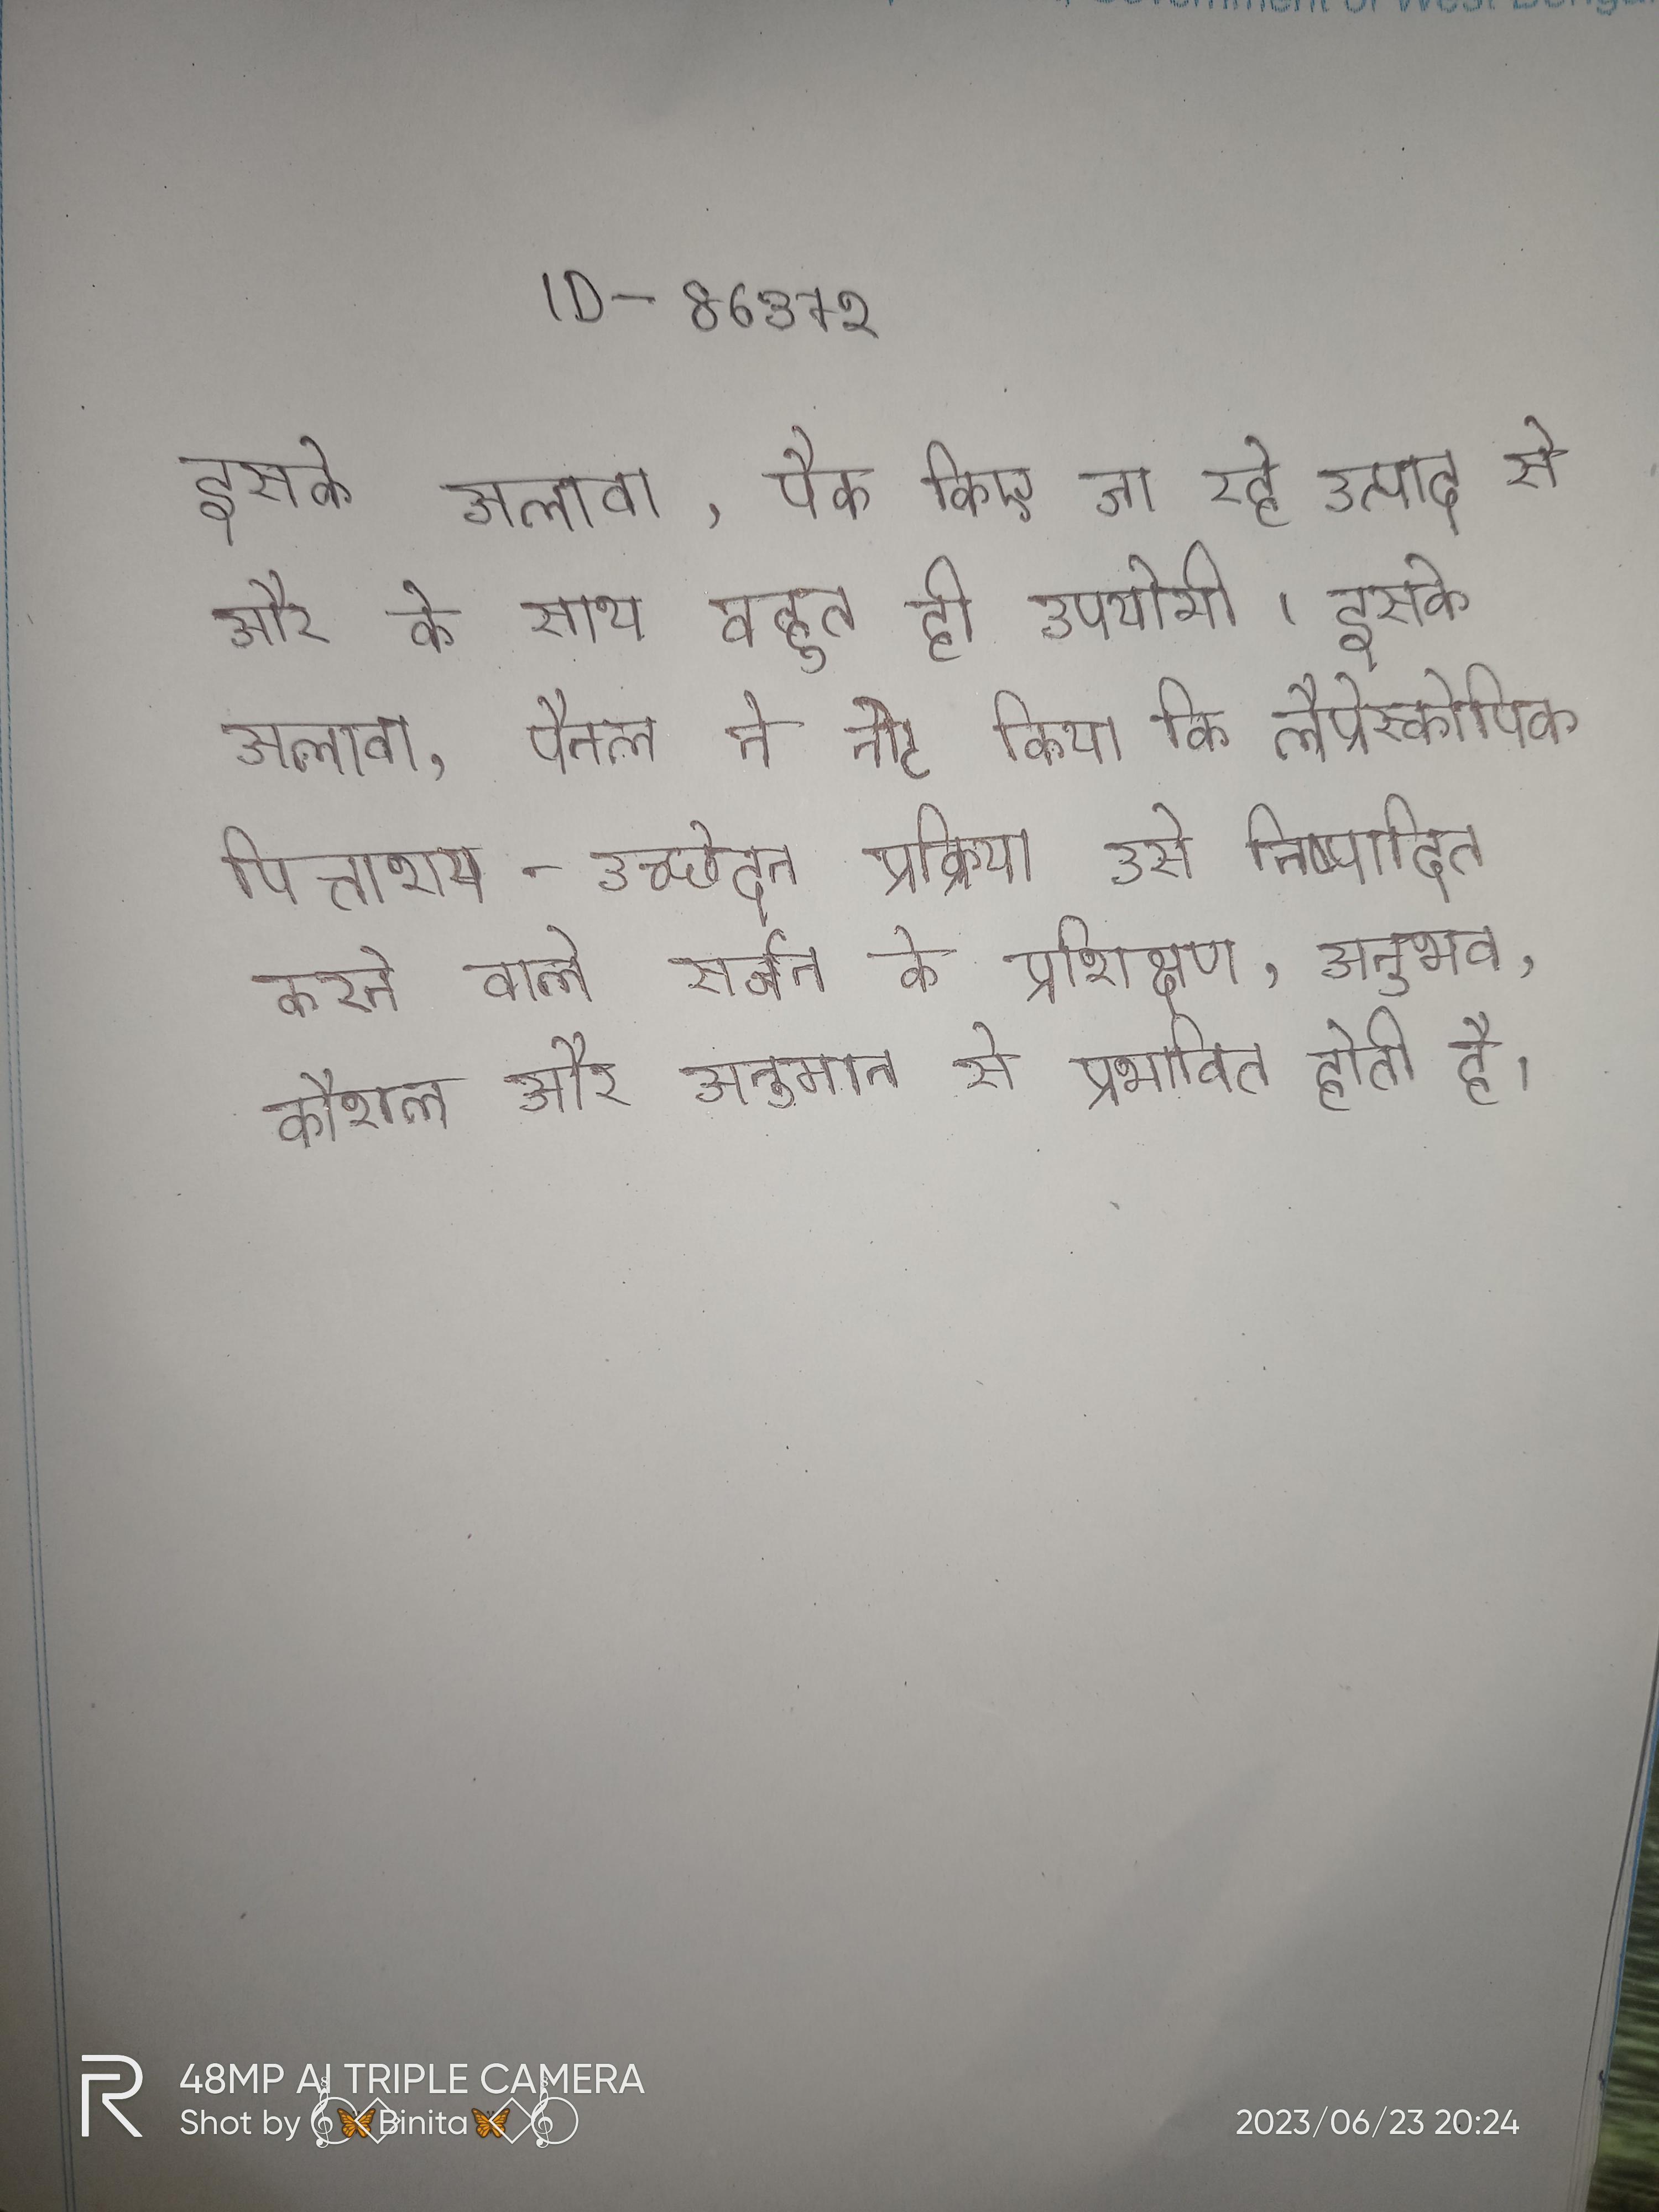
इसके अलावा, पैक किए जा रहे उत्पाद से और के साथ बहुत ही उपयोगी । इसके अलावा, पैनल ने नोट किया कि लैप्रोस्कोपिक पित्ताशय-उच्छेदन प्रक्रिया उसे निष्पादित करने वाले सर्जन के प्रशिक्षण, अनुभव, कौशल और अनुमान से प्रभावित होती है ।